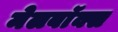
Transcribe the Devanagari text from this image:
मेलबाॅक्स